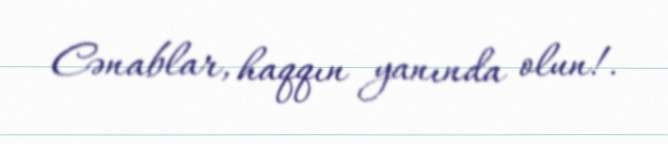
Cənablar, haqqın yanında olun!.